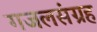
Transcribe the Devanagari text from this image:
गजलसंग्रह